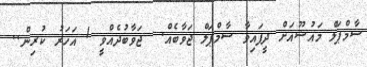
ސާމްޕަލް މައުޟޫއަށް ދީފައިވާ ސާމްޕަލް ޖަވާބެއް.  ޖަވާބުދެއްވީ 1 އަހަރު ކުރިން..